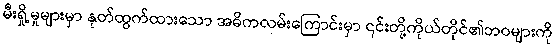
မီးရှို့မှုများမှာ နုတ်ထွက်ထားသော အဓိကလမ်းကြောင်းမှာ ၎င်းတို့ကိုယ်တိုင်၏ဘဝများကို